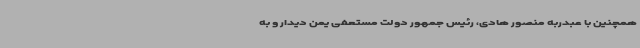
همچنین با عبدربه منصور هادی، رئیس جمهور دولت مستعفی یمن دیدار و به